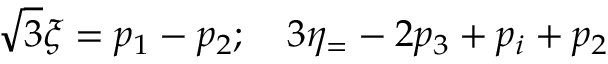
\sqrt { 3 } \xi = p _ { 1 } - p _ { 2 } ; \quad 3 \eta _ { = } - 2 p _ { 3 } + p _ { i } + p _ { 2 }